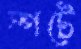
স্পটে